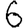
Digit: 6